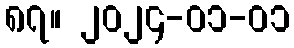
၈၇။ ၂၀၂၄-၀၁-၀၁